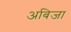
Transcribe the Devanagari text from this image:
अबिजा